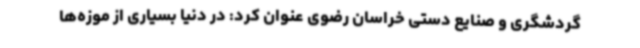
گردشگری و صنایع دستی خراسان رضوی عنوان کرد: در دنیا بسیاری از موزه‌ها